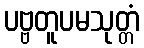
ပဗ္ဗတူပမသုတ္တံ